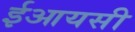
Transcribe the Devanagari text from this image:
ईआयसी